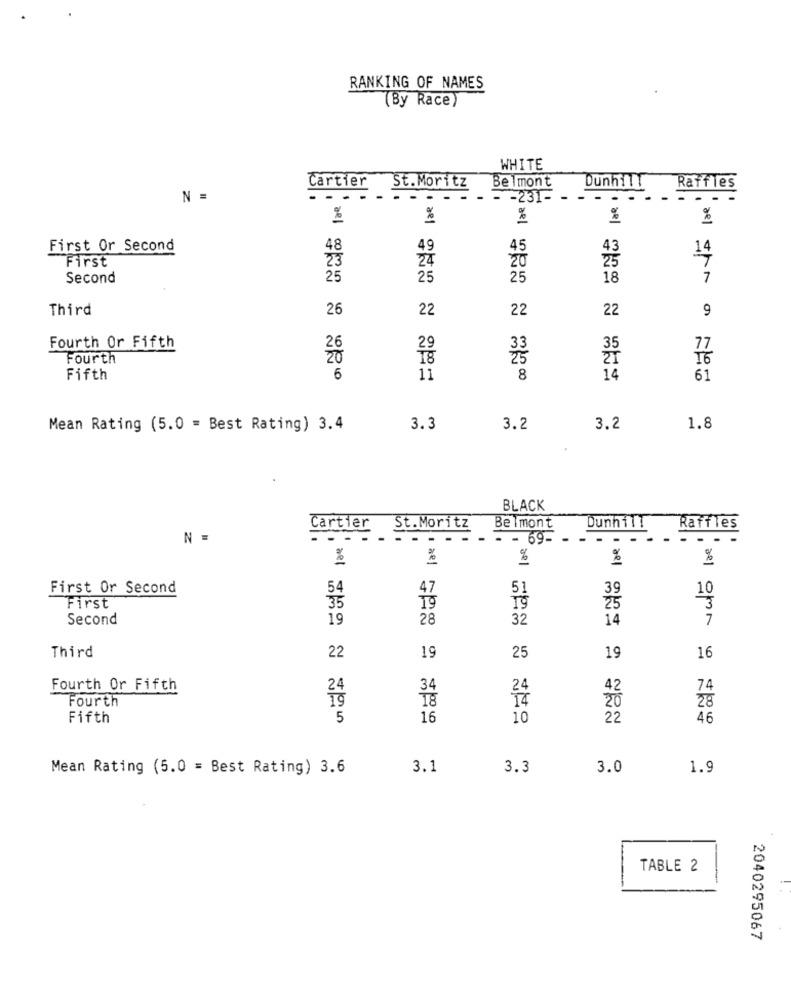
RANKING OF NAMES
(By Race)
WHITE
Cartier
St.Moritz
Belmont
Dunhill
Raffles
N =
- --
- - 231- - --
%
%
%
%
%
First Or Second
49
45
14
First
23
24
20
Second
25
25
25
18
7
Third
26
22
22
22
9
Fourth Or Fifth
77
Fourth
16
Fifth
6
11
8
14
61
Mean Rating (5.0 = Best Rating) 3.4
3.3
3.2
3.2
1.8
BLACK
Dunhill
Cartier
St.Moritz
Belmont
Raffles
N =
- - 69-
...
%
%
%
%
First Or Second
47
51
39
10
First
19
3
Second
19
28
32
14
7
Third
22
19
25
19
16
Fourth Or Fifth
24
34
42
74
18
20
Fourth
28
Fifth
5
16
10
22
46
Mean Rating (5.0 = Best Rating) 3.6
3.1
3.3
3.0
1.9
TABLE 2
2040295067